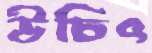
উচিৎ